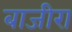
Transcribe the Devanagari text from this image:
बाजीरा